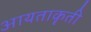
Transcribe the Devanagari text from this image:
आयताकॄती